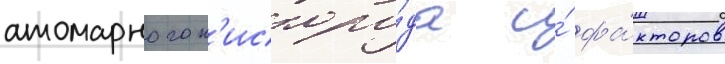
атомарного к'ислоро́да и́ фа́кторов